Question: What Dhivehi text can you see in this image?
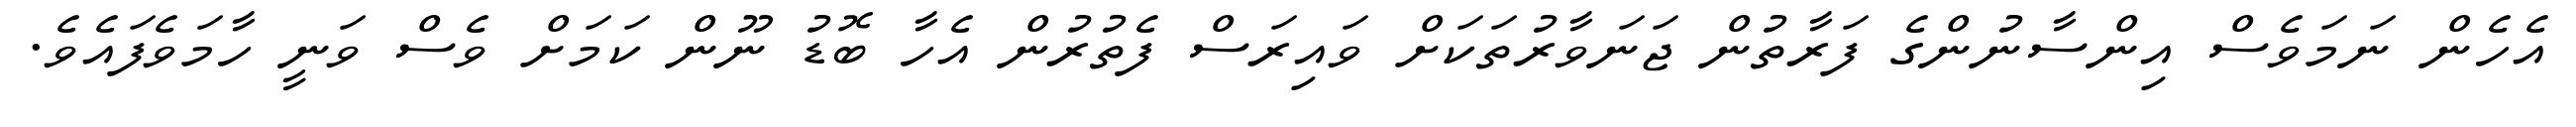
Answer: އެހެން ނަމަވެސް އިންސާނުންގެ ފަރާތުން ޖަނަވާރުތަކަށް ވައިރަސް ފެތުރުން އެހާ ބޮޑު ނޫން ކަމަށް ވެސް ވަނީ ހާމަވެފައެވެ.